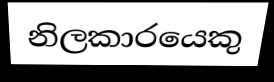
නිලකාරයෙකු